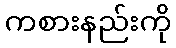
ကစားနည်းကို